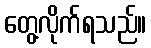
တွေ့လိုက်ရသည်။